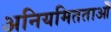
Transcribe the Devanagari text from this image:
अनियमितताओँ